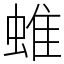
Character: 蜼